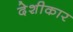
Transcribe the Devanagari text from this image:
देशीकार